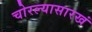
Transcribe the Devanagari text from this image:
चोरल्यासारखं